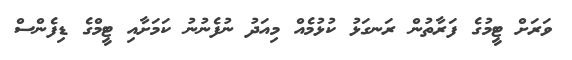
ވަރަށް ޓީމުގެ ފަރާތުން ރަނގަޅު ކުޅުމެއް މިއަދު ނުފެނުނު ކަމަށާއި ޓީމްގެ ޑިފެންސް